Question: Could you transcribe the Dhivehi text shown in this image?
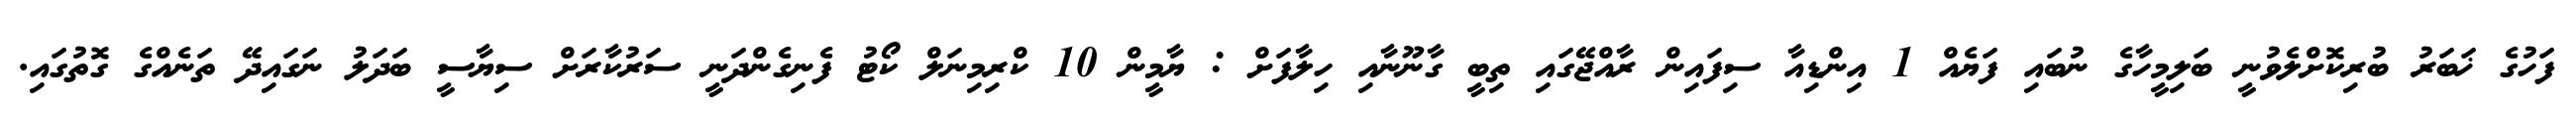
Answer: ފަހުގެ ޚަބަރު ބުރިކޮށްލެވުނީ ބަލިމީހާގެ ނުބައި ފަޔެއް 1 އިންޑިއާ ސިފައިން ރާއްޖޭގައި ތިބީ ގާނޫނާއި ހިލާފަށް : ޔާމީން 10 ކްރިމިނަލް ކޯޓު ފެނިގެންދަނީ ސަރުކާރަށް ސިޔާސީ ބަދަލު ނަގައިދޭ ތަނެއްގެ ގޮތުގައި.